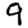
Digit: 9